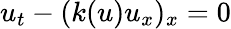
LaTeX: u_{t}-(k(u)u_{x})_{x}=0